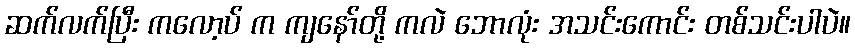
ဆက်လက်ပြီး ကလော့ပ် က ကျနော်တို့ ကလဲ ဘောလုံး အသင်းကောင်း တစ်သင်းပါပဲ။